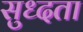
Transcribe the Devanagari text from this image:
सुध्दता